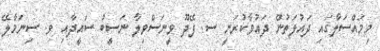
މިމައްސަލާގައި ދައުލަތުން ދައުވާކުރަނީ ސ. ފޭދޫ ވީނަސްވިލާ ނަސީބު ސައީދާއި ވ. ސިނަމާލޭ